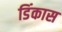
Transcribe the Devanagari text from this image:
डिंकास